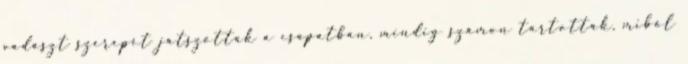
vadászt szerepét játszották a csapatban, mindig számon tartották, miből